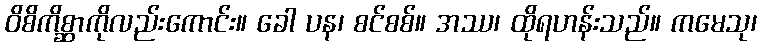
ဝိစိကိစ္ဆာကိုလည်းကောင်း။ ခေါ ပန၊ စင်စစ်။ အဿ၊ ထိုရဟန်းသည်။ ကမေသု၊